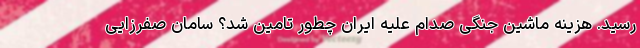
رسید. هزینه ماشین جنگی صدام علیه ایران چطور تامین شد؟ سامان صفرزایی